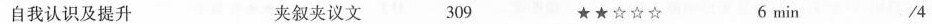
自我认识及提升 夹叙夹议文 309 ★★☆☆☆ 6 min /4